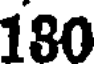
180